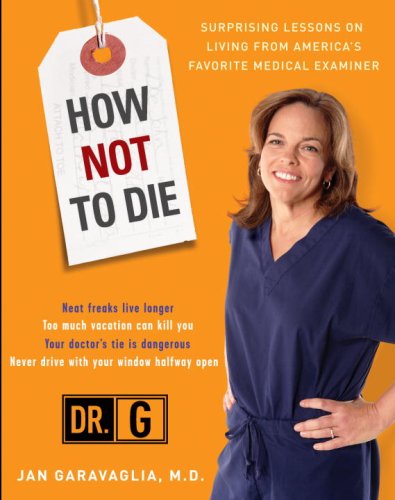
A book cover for How Not to Die: Surprising Lessons from America's Favorite Medical Examiner; Jan Garavaglia M.D.; Health, Fitness & Dieting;